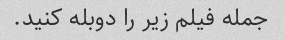
جمله فیلم زیر را دوبله کنید.